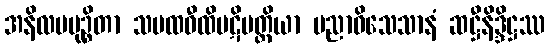
အနိလပမုဉ္စိတာ သမထဝီထိပဋိပတ္တိယာ ပညာဝိသေသာနံ ဆဋ္ဌီနိဒ္ဒိဋ္ဌဿ